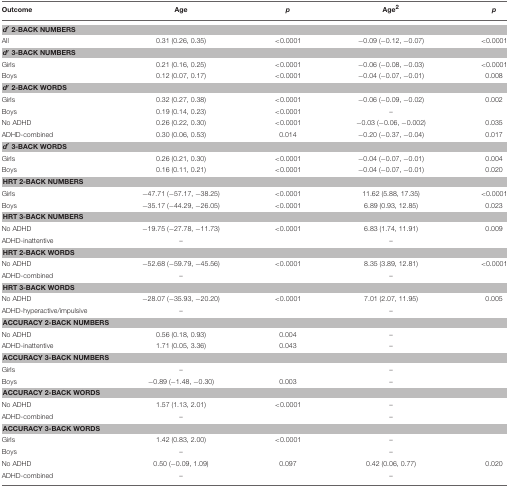
<table><thead><tr><td><b>Outcome</b></td><td><b>Age</b></td><td><b><i>p</i></b></td><td><b>Age<sup>2</sup></b></td><td><b><i>p</i></b></td></tr></thead><tbody><tr><td colspan="5"><i><b>d</b></i>′ <b>2-BACK NUMBERS</b></td></tr><tr><td>All</td><td>0.31 (0.26, 0.35)</td><td>&lt;0.0001</td><td>−0.09 (−0.12, −0.07)</td><td>&lt;0.0001</td></tr><tr><td colspan="5"><i><b>d</b></i>′ <b>3-BACK NUMBERS</b></td></tr><tr><td>Girls</td><td>0.21 (0.16, 0.25)</td><td>&lt;0.0001</td><td>−0.06 (−0.08, −0.03)</td><td>&lt;0.0001</td></tr><tr><td>Boys</td><td>0.12 (0.07, 0.17)</td><td>&lt;0.0001</td><td>−0.04 (−0.07, −0.01)</td><td>0.008</td></tr><tr><td colspan="5"><i><b>d</b></i>′ <b>2-BACK WORDS</b></td></tr><tr><td>Girls</td><td>0.32 (0.27, 0.38)</td><td>&lt;0.0001</td><td>−0.06 (−0.09, −0.02)</td><td>0.002</td></tr><tr><td>Boys</td><td>0.19 (0.14, 0.23)</td><td>&lt;0.0001</td><td>–</td><td></td></tr><tr><td>No ADHD</td><td>0.26 (0.22, 0.30)</td><td>&lt;0.0001</td><td>−0.03 (−0.06, −0.002)</td><td>0.035</td></tr><tr><td>ADHD-combined</td><td>0.30 (0.06, 0.53)</td><td>0.014</td><td>−0.20 (−0.37, −0.04)</td><td>0.017</td></tr><tr><td colspan="5"><i><b>d</b></i>′ <b>3-BACK WORDS</b></td></tr><tr><td>Girls</td><td>0.26 (0.21, 0.30)</td><td>&lt;0.0001</td><td>−0.04 (−0.07, −0.01)</td><td>0.004</td></tr><tr><td>Boys</td><td>0.16 (0.11, 0.21)</td><td>&lt;0.0001</td><td>−0.04 (−0.07, −0.01)</td><td>0.020</td></tr><tr><td colspan="5"><b>HRT 2-BACK NUMBERS</b></td></tr><tr><td>Girls</td><td>−47.71 (−57.17, −38.25)</td><td>&lt;0.0001</td><td>11.62 (5.88, 17.35)</td><td>&lt;0.0001</td></tr><tr><td>Boys</td><td>−35.17 (−44.29, −26.05)</td><td>&lt;0.0001</td><td>6.89 (0.93, 12.85)</td><td>0.023</td></tr><tr><td colspan="5"><b>HRT 3-BACK NUMBERS</b></td></tr><tr><td>No ADHD</td><td>−19.75 (−27.78, −11.73)</td><td>&lt;0.0001</td><td>6.83 (1.74, 11.91)</td><td>0.009</td></tr><tr><td>ADHD-inattentive</td><td>–</td><td></td><td>–</td><td></td></tr><tr><td colspan="5"><b>HRT 2-BACK WORDS</b></td></tr><tr><td>No ADHD</td><td>−52.68 (−59.79, −45.56)</td><td>&lt;0.0001</td><td>8.35 (3.89, 12.81)</td><td>&lt;0.0001</td></tr><tr><td>ADHD-combined</td><td>–</td><td></td><td>–</td><td></td></tr><tr><td colspan="5"><b>HRT 3-BACK WORDS</b></td></tr><tr><td>No ADHD</td><td>−28.07 (−35.93, −20.20)</td><td>&lt;0.0001</td><td>7.01 (2.07, 11.95)</td><td>0.005</td></tr><tr><td>ADHD-hyperactive/impulsive</td><td>–</td><td></td><td>–</td><td></td></tr><tr><td colspan="5"><b>ACCURACY 2-BACK NUMBERS</b></td></tr><tr><td>No ADHD</td><td>0.56 (0.18, 0.93)</td><td>0.004</td><td>–</td><td></td></tr><tr><td>ADHD-inattentive</td><td>1.71 (0.05, 3.36)</td><td>0.043</td><td>–</td><td></td></tr><tr><td colspan="5"><b>ACCURACY 3-BACK NUMBERS</b></td></tr><tr><td>Girls</td><td>–</td><td></td><td>–</td><td></td></tr><tr><td>Boys</td><td>−0.89 (−1.48, −0.30)</td><td>0.003</td><td>–</td><td></td></tr><tr><td colspan="5"><b>ACCURACY 2-BACK WORDS</b></td></tr><tr><td>No ADHD</td><td>1.57 (1.13, 2.01)</td><td>&lt;0.0001</td><td>–</td><td></td></tr><tr><td>ADHD-combined</td><td>–</td><td></td><td>–</td><td></td></tr><tr><td colspan="5"><b>ACCURACY 3-BACK WORDS</b></td></tr><tr><td>Girls</td><td>1.42 (0.83, 2.00)</td><td>&lt;0.0001</td><td>–</td><td></td></tr><tr><td>Boys</td><td>–</td><td></td><td>–</td><td></td></tr><tr><td>No ADHD</td><td>0.50 (−0.09, 1.09)</td><td>0.097</td><td>0.42 (0.06, 0.77)</td><td>0.020</td></tr><tr><td>ADHD-combined</td><td>–</td><td></td><td>–</td><td></td></tr></tbody></table>